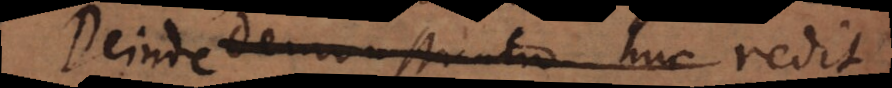
.) Demonstratio huc redit